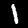
Digit: 1